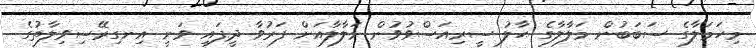
މިހަމަލާގެ ސަބަބުން މަލާލާގެ ޙާލު ސީރިއަސްވުވުން މަލާލާއަށް ފަރުވާ ދީފައި ވަނީ އިނގިރޭސިވިލާތުގެ